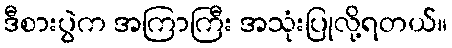
ဒီစားပွဲက အကြာကြီး အသုံးပြုလို့ရတယ်။